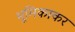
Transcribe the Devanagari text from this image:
भूमिकाकर